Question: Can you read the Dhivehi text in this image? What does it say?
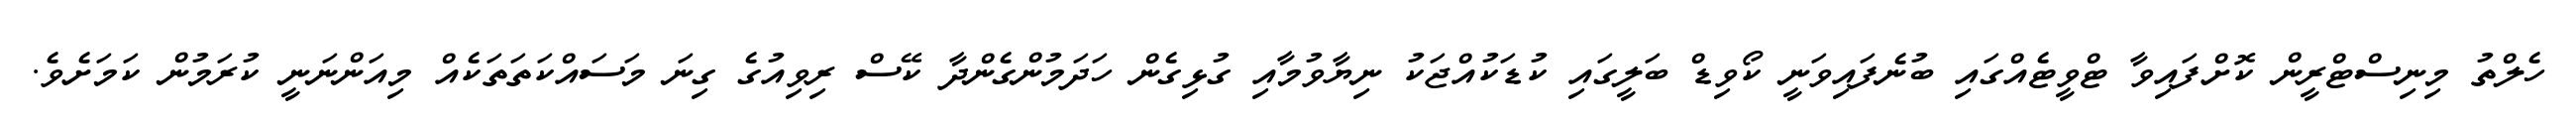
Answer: ހެލްތު މިނިސްޓްރީން ކޮށްފައިވާ ޓްވީޓެއްގައި ބުނެފައިވަނީ ކޯވިޑް ބަލީގައި ކުޑަކުއްޖަކު ނިޔާވުމާއި ގުޅިގެން ހަދަމުންގެންދާ ކޭސް ރިވިއުގެ ގިނަ މަސައްކަތަތަކެއް މިއަންނަނީ ކުރަމުން ކަމަށެވެ.